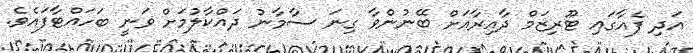
އަދި ފެއާގައި ޓޫރިޒަމް ދާއިރާއަށް ބޭނުންވާ ގިނަ ސާމާނު ދައްކާލުމަށް ވަނީ ބަހައްޓާފައެވެ.